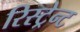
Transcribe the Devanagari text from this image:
रिस्ट्रेन्ट